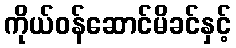
ကိုယ်ဝန်ဆောင်မိခင်နှင့်